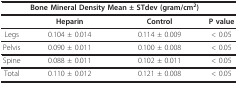
|  | <COLSPAN=2> Bone Mineral Density Mean ± STdev (gram/cm2) |  |
 | --- | --- | --- | --- |
 |  | Heparin | Control | P value |
 | Legs | 0.104 ± 0.014 | 0.114 ± 0.009 | < 0.05 |
 | Pelvis | 0.090 ± 0.011 | 0.100 ± 0.008 | < 0.05 |
 | Spine | 0.088 ± 0.011 | 0.102 ± 0.011 | < 0.05 |
 | Total | 0.110 ± 0.012 | 0.121 ± 0.008 | < 0.05 |